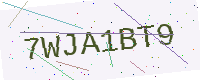
Text: 7WJA1BT9